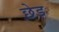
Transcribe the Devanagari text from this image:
छ़ेड